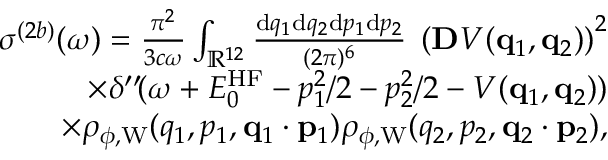
\begin{array} { r } { \sigma ^ { ( 2 b ) } ( \omega ) = \frac { \pi ^ { 2 } } { 3 c \omega } \int _ { \mathbb { R } ^ { 1 2 } } \frac { \ensuremath { \mathrm { d } } \b { q } _ { 1 } \ensuremath { \mathrm { d } } \b { q } _ { 2 } \ensuremath { \mathrm { d } } \b { p } _ { 1 } \ensuremath { \mathrm { d } } \b { p } _ { 2 } } { ( 2 \pi ) ^ { 6 } } \; \left( \ensuremath { \mathbf { D } } V ( \ensuremath { \mathbf { q } } _ { 1 } , \ensuremath { \mathbf { q } } _ { 2 } ) \right) ^ { 2 } } \\ { \times \delta ^ { \prime \prime } \! ( \omega + E _ { 0 } ^ { \mathrm { H F } } - p _ { 1 } ^ { 2 } / 2 - p _ { 2 } ^ { 2 } / 2 - V ( \ensuremath { \mathbf { q } } _ { 1 } , \ensuremath { \mathbf { q } } _ { 2 } ) ) } \\ { \times \rho _ { \phi , \mathrm { W } } ( q _ { 1 } , p _ { 1 } , \ensuremath { \mathbf { q } } _ { 1 } \cdot \ensuremath { \mathbf { p } } _ { 1 } ) \rho _ { \phi , \mathrm { W } } ( q _ { 2 } , p _ { 2 } , \ensuremath { \mathbf { q } } _ { 2 } \cdot \ensuremath { \mathbf { p } } _ { 2 } ) , } \end{array}